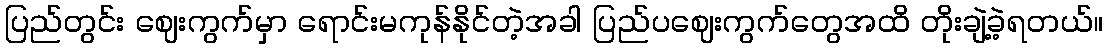
ပြည်တွင်း ဈေးကွက်မှာ ရောင်းမကုန်နိုင်တဲ့အခါ ပြည်ပဈေးကွက်တွေအထိ တိုးချဲ့ခဲ့ရတယ်။